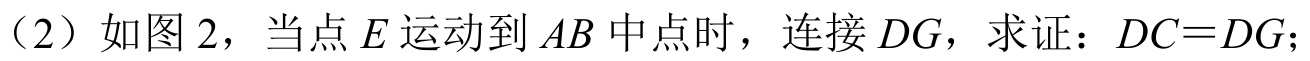
（2）如图 2，当点$E$运动到$AB$中点时，连接$DG$，求证：$DC = DG$；